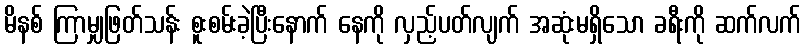
မိနစ် ကြာမျှဖြတ်သန်း စူးစမ်းခဲ့ပြီးနောက် နေကို လှည့်ပတ်လျက် အဆုံးမရှိသော ခရီးကို ဆက်လက်